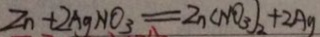
z n + 2 A g N O _ { 3 } = Z n ( N O _ { 3 } ) _ { 2 } + 2 A g